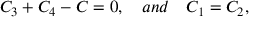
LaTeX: C _ { 3 } + C _ { 4 } - C = 0 , \quad a n d \quad C _ { 1 } = C _ { 2 } ,